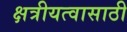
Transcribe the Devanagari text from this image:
क्षत्रीयत्वासाठी